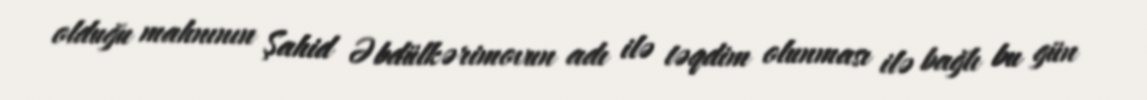
olduğu mahnının Şahid Əbdülkərimovun adı ilə təqdim olunması ilə bağlı bu gün